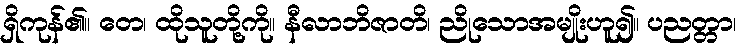
ရှိကုန်၏။ တေ၊ ထိုသူတို့ကို။ နီလာဘိဇာတိ၊ ညိုသောအမျိုးဟူ၍။ ပညတ္တာ၊